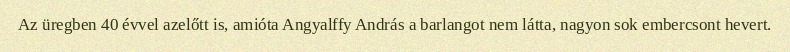
Az üregben 40 évvel azelőtt is, amióta Angyalffy András a barlangot nem látta, nagyon sok embercsont hevert.